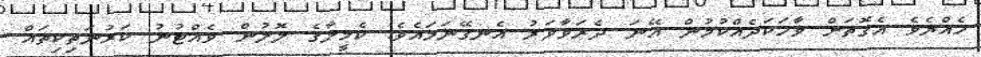
ހެއްޔެވެ އެގޮތަށް ވާހަކަދެއްކުމުން އޭނަ ދެރަވާވަރު އެނގޭނަމައެވެ. ކެމީލާގެ ލޮލުން ވެއްޓުނު ކަރުނަތިކިތައް